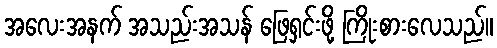
အလေးအနက် အသည်းအသန် ဖြေရှင်းဖို့ ကြိုးစားလေသည်။